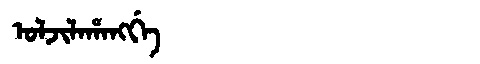
Manchu: ᠣᠯᠵᡳᠯᠠᡥᠠᠩᡤᡝ
Romanization: OLJILAHANGGE